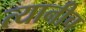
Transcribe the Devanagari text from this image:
त्यानीच